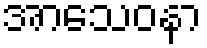
အာသေဝနာ